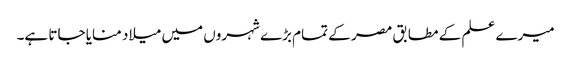
میرے علم کے مطابق مصر کے تمام بڑے شہروں میں میلاد منایا جاتا ہے۔